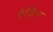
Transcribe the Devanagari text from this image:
ऐडिंग